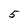
Character: 5